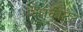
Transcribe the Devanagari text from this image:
क्लिकीटैट